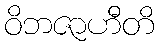
ဝိဘဇာဟီတိ